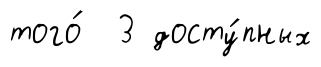
того́ 3 досту́пных